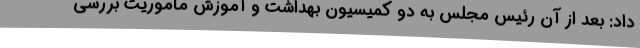
داد: بعد از آن رئیس مجلس به دو کمیسیون بهداشت و آموزش ماموریت بررسی